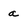
Character: a